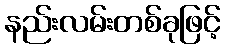
နည်းလမ်းတစ်ခုဖြင့်